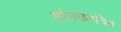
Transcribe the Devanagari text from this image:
शौनकरचित